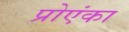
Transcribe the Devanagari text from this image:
प्रोएंका